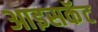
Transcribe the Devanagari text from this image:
आइसकॅट